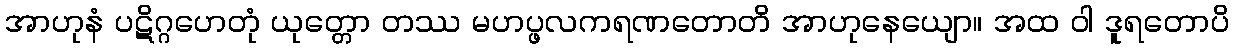
အာဟုနံ ပဋိဂ္ဂဟေတုံ ယုတ္တော တဿ မဟပ္ဖလကရဏတောတိ အာဟုနေယျော။ အထ ဝါ ဒူရတောပိ